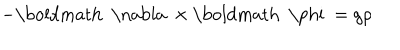
- \mathrm { \boldmath ~ \nabla ~ } \times \mathrm { \boldmath ~ \ p h i ~ } = g \rho